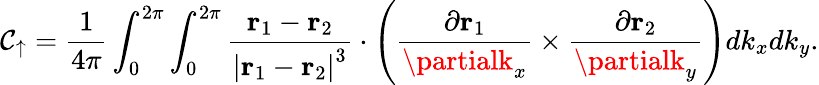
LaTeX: \mathcal{C}_{\uparrow}=\frac{{1}}{{4\pi}}\int_{0}^{2\pi}\int_{0}^{2\pi}\frac{{\mathbf{{r}}_{1}-\mathbf{{r}}_{2}}}{{\left\vert\mathbf{{r}}_{1}-\mathbf{{r}}_{2}\right\vert^{3}}}\cdot\left(\frac{{\partial\mathbf{{r}}_{1}}}{{\partialk_{x}}}\times\frac{{\partial\mathbf{{r}}_{2}}}{{\partialk_{y}}}\right)dk_{x}dk_{y}.